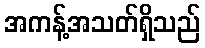
အကန့်အသတ်ရှိသည်